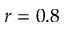
r = 0 . 8